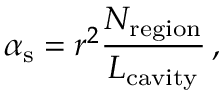
\alpha _ { \mathrm { s } } = r ^ { 2 } \frac { N _ { \mathrm { r e g i o n } } } { L _ { \mathrm { c a v i t y } } } \, ,